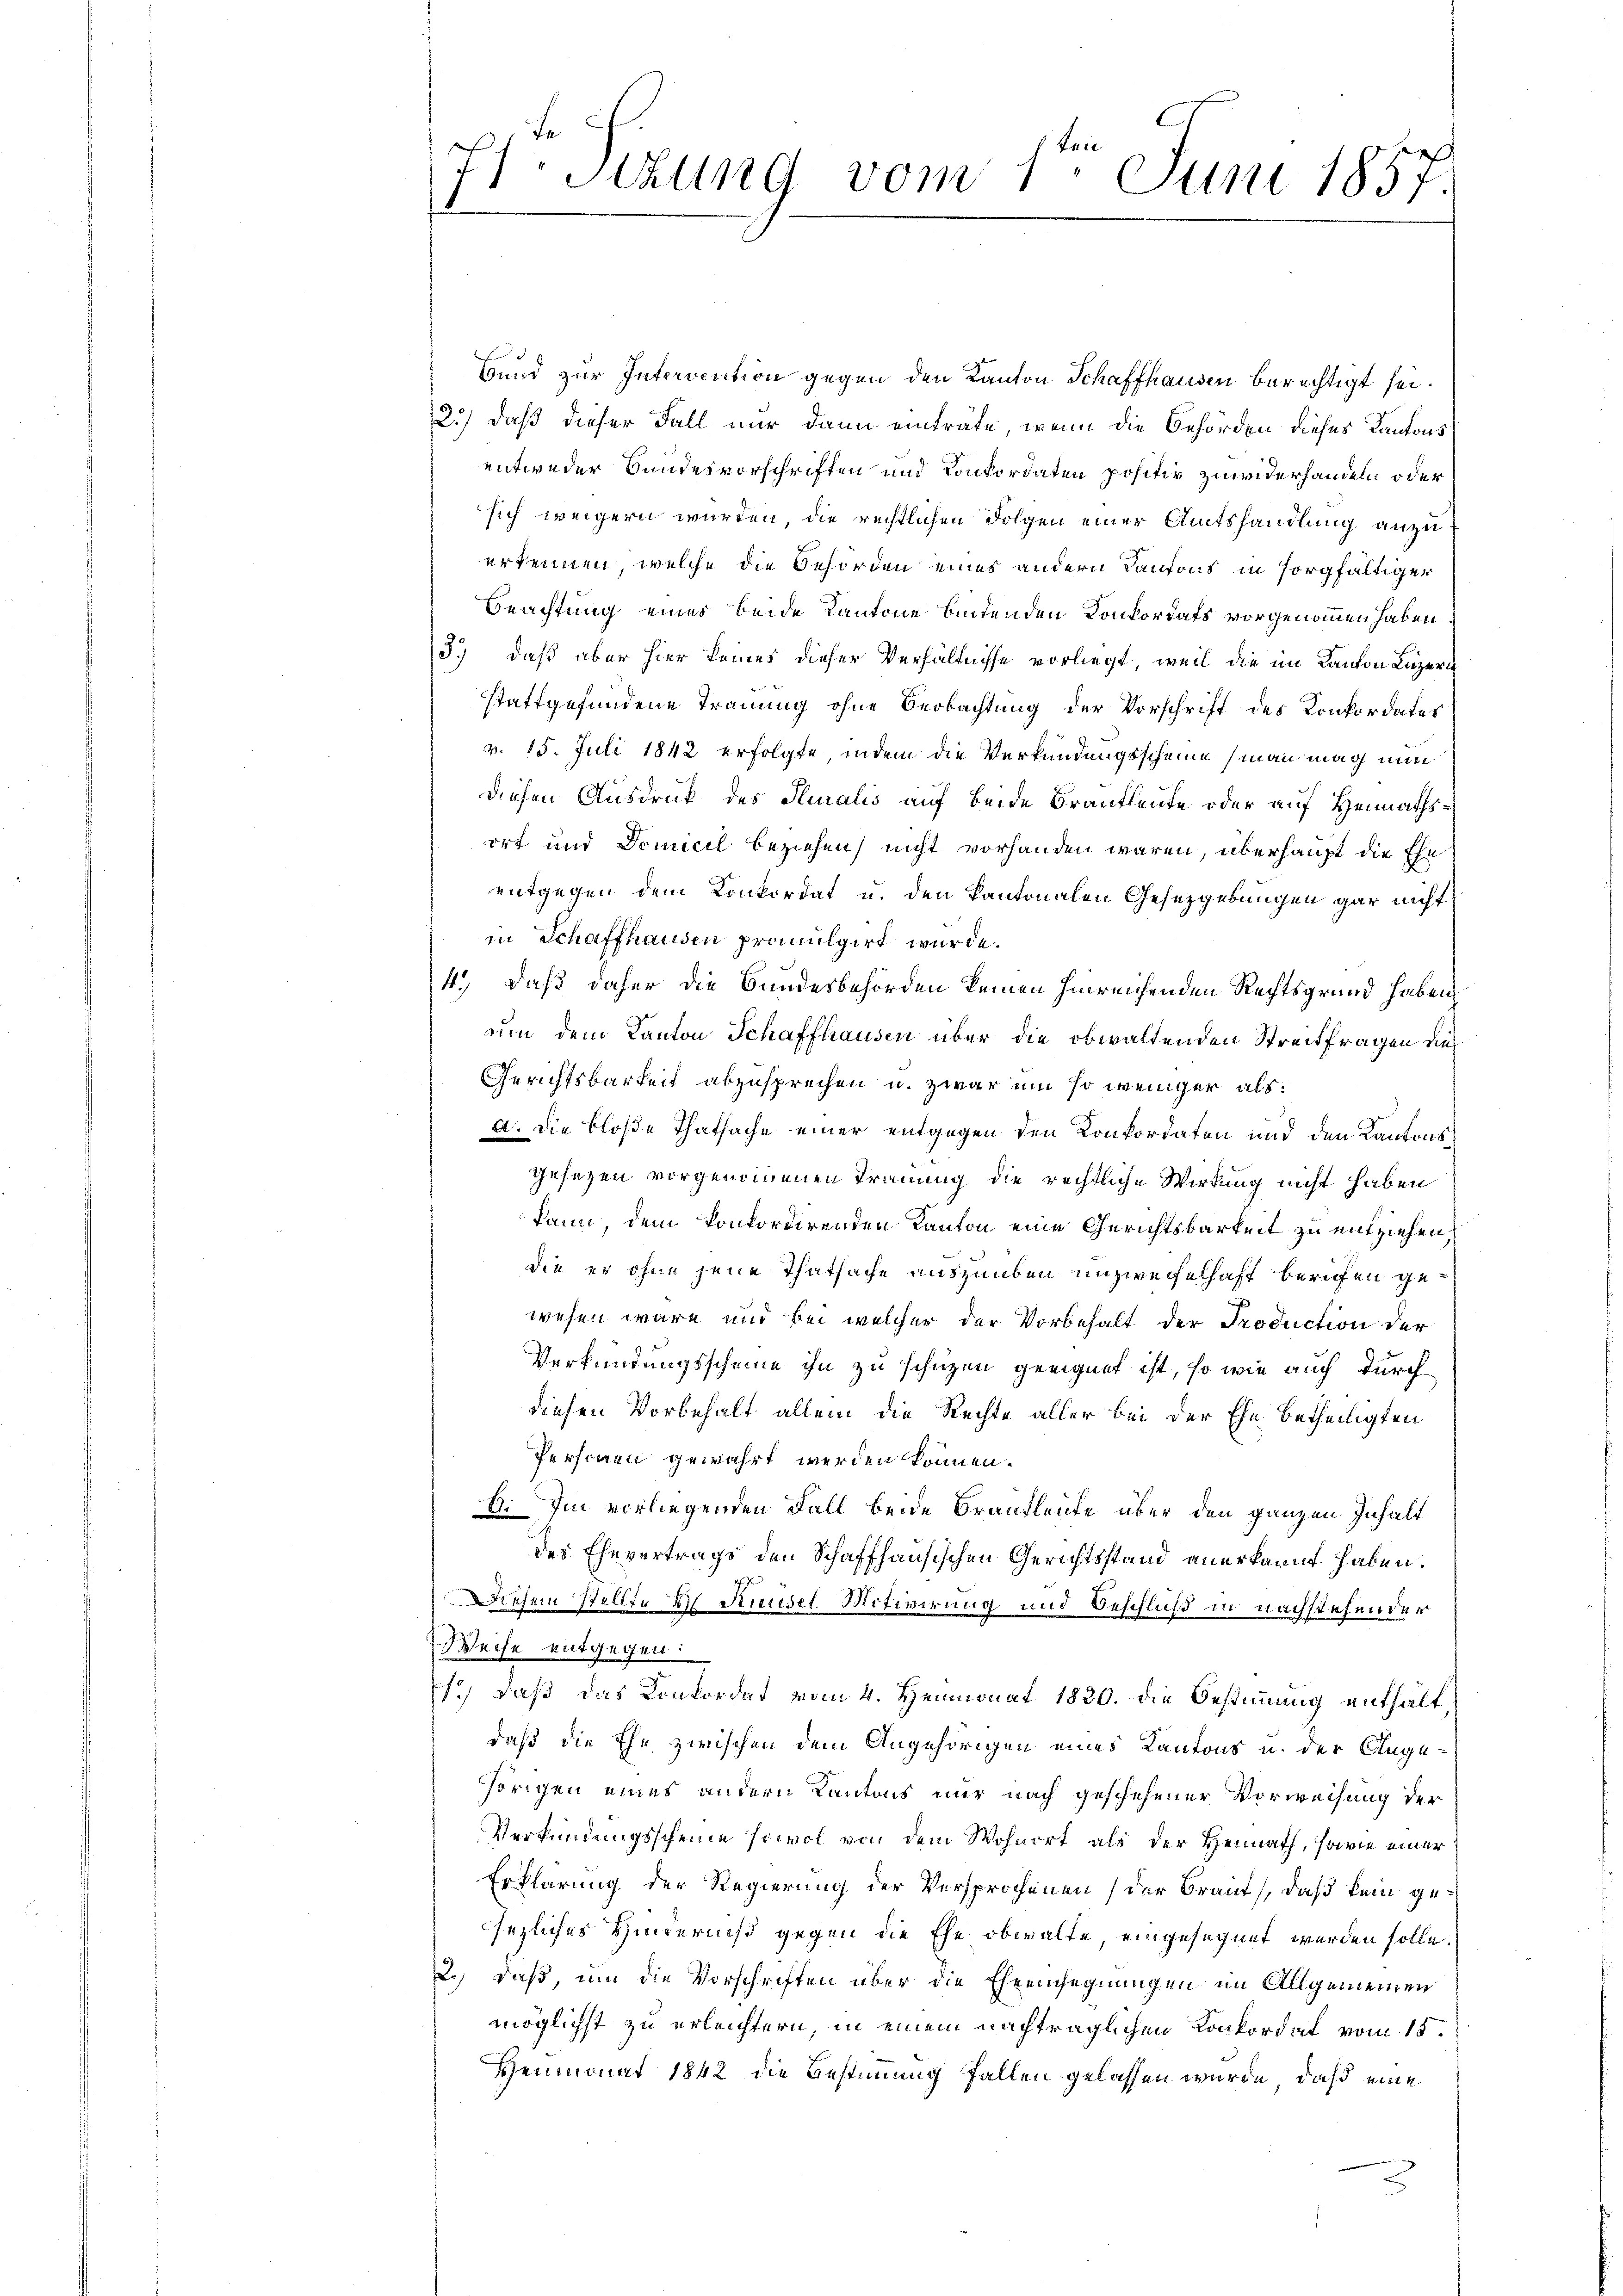
7
E Sizung vom 1. Juni 1857.

f
band zur Intervention gegen den Kanton Schaffhausen berechtigt sei.
2.) daß dieser Fall nur dann einträte, wenn die Behörden dieses Kantonsentweder Bundesvorschriften und Konkordaten positiv zuwiderhandeln oder
sich weigern wurden, die rechtlichen Folgen einer Amtshandlung anzuerkennen, welche die Behörden eines andern Kantons in sorgfältiger
Beachtung eines beide Kantone bindenden Konkordats vorgenommen haben
3.) daß aber hier keines dieser Verhältnisse vorliegt, weil die im Kanton Luzern
stattgefundene Trauung ohne Beobachtung der Vorschrift des Konkordates
v. 15. Juli 1842 erfolgte, indem die Verkündungsscheine (man mag nun
diesen Ausdruck des Pluralis auf beide Brautleute oder auf Heimathsort und Domicil beziehen, nicht vorhanden wären, überhaupt die Ehe
entgegen dem Konkordat u. den kantonalen Gesetzgebungen gar nicht
in Schaffhausen promulgirt wurde.
4., daß daher die Bundesbehörden keinen hinreichenden Rechtsgrund haben,
um dem Kanton Schaffhausen über die obwaltenden Streitfragen un
Gerichtsbarkeit abzusprechen u. zwar um so weniger als:
a. Die bloße Thatsache einer entgegen den Konkordaten und den Kantons
gesezen vorgenommenen Trauung die rechtliche Wirkung nicht haben
kann dem Konkordirenden Kanton eine Gerichtsbarkeit zu entziehen
die er ohne jene Thatsache auszuüben unzweifelhaft berufen gewesen wäre und bei welcher der Vorbehalt der Production der
Verkündungsscheine ihn zu schüzen geeignet ist, so wie auch durch
diesen Vorbehalt allein die Rechte aller bei der Ehe betheiligten
Personen gewährt werden können.
6. Im vorliegenden Fall beide Brautleute über den ganzen Inhalt
des Ehevertrags den Schaffhausischen Gerichtsstand anerkannt haben.
Diesem Stellte 2 Kindet Motivirung und Beschluß in nachstehender
Weise entgegen:
1.) daß das Konkordat vom 4. Heumonat 1820. die Bestimmung enthältdaß die Ehe zwischen dem Angehörigen eines Kantons u. der Augehörigen eines andern Kantons nur nach geschehener Vorweisung der
Verkündungsscheine sowol von dem Wohnort als der Heimath, sowie einer
Erklärung der Regierung der Versprochenen (der Braut, daß kein gesezliches Hinderniß gegen die Ehe obwalte eingesegnet werden solle.
2.) Daß, um die Vorschriften über die Eheensegnungen im Allgemeinen
möglichst zu erleichtern, in einem nachträglichen Konkordat vom 18.
Henmonat 1842 die Bestimmung fallen gelassen wurde, daß eine